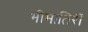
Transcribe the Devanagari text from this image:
भीमातिरीं